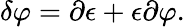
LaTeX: \delta\varphi=\partial\epsilon+\epsilon\partial\varphi.